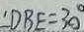
\angle D B E = 3 0 ^ { \circ }